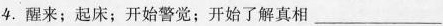
4.醒来；起床；开始警觉；开始了解真相___